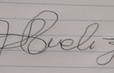
Signature authenticity: forged